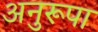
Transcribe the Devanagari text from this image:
अनुरूपा